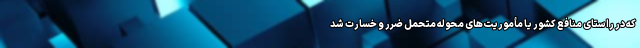
که در راستای منافع کشور یا مأموریت‌های محوله متحمل ضرر و خسارت شد